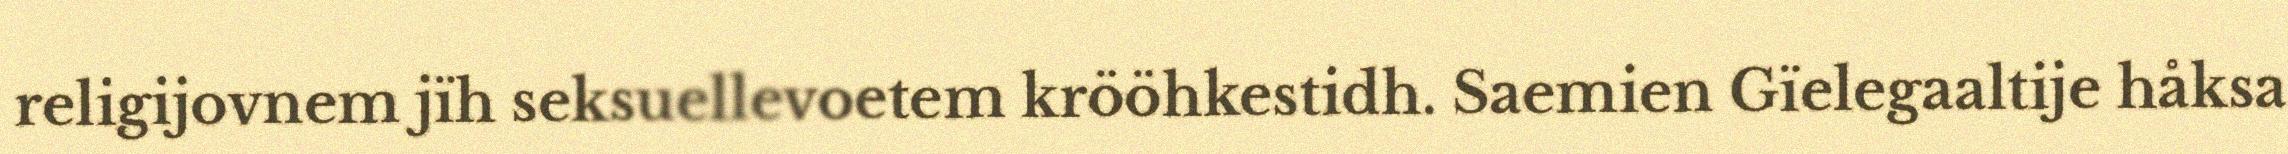
religijovnem jïh seksuellevoetem krööhkestidh. Saemien Gïelegaaltije håksa